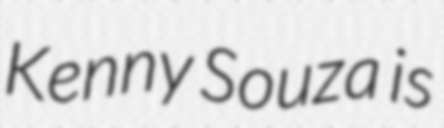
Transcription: Kenny Souza is